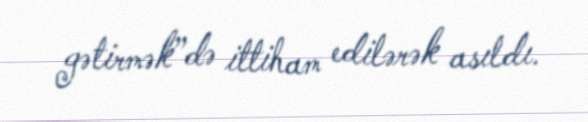
gətirmək”də ittiham edilərək asıldı.